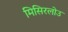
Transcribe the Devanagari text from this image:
मिसिरलोउ